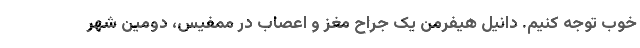
خوب توجه کنیم. دانیل هیفرمن یک جراح مغز و اعصاب در ممفیس، دومین شهر